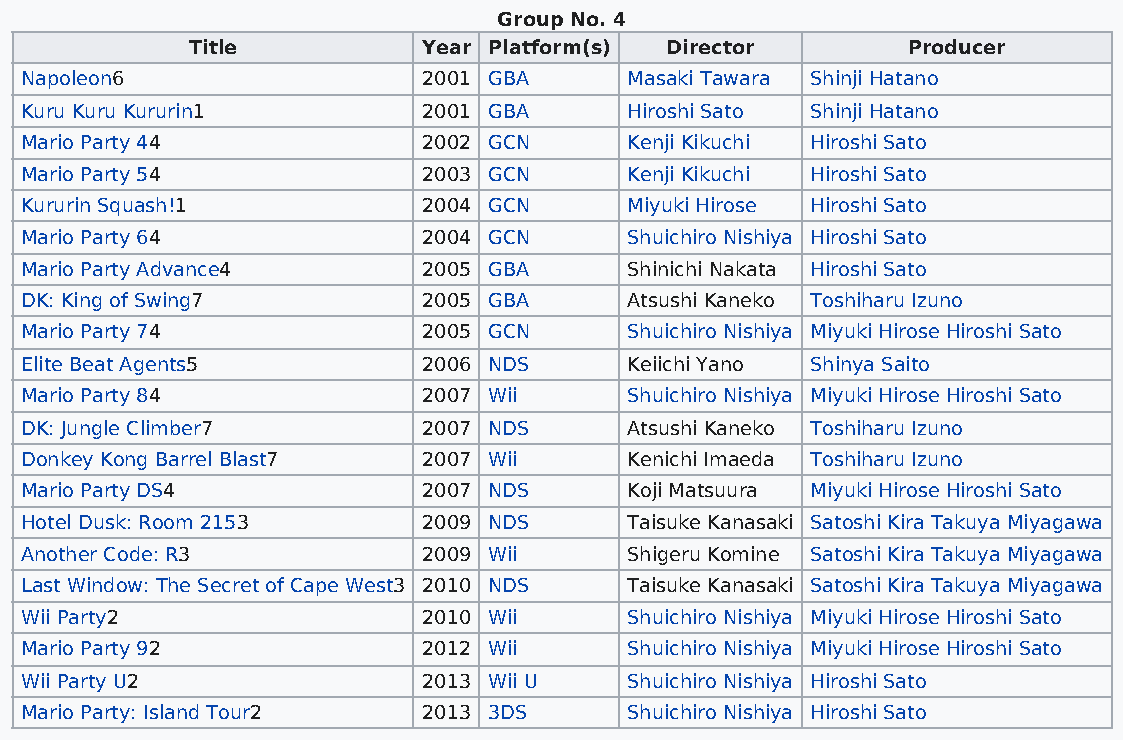
Group No. 4
 Title          Year Platform(s) Director       Producer
 Napoleon6                  2001 GBA      Masaki Tawara Shinji Hatano
 Kuru Kuru Kururin1         2001 GBA      Hiroshi Sato Shinji Hatano
 Mario Party 44             2002 GCN      Kenji Kikuchi Hiroshi Sato
 Mario Party 54             2003 GCN      Kenji Kikuchi Hiroshi Sato
 Kururin Squash!1           2004 GCN      Miyuki Hirose Hiroshi Sato
 Mario Party 64             2004 GCN      Shuichiro Nishiya Hiroshi Sato
 Mario Party Advance4       2005 GBA      Shinichi Nakata Hiroshi Sato
 DK: King of Swing7         2005 GBA      Atsushi Kaneko Toshiharu Izuno
 Mario Party 74             2005 GCN      Shuichiro Nishiya Miyuki Hirose Hiroshi Sato
 Elite Beat Agents5         2006 NDS      Keiichi Yano Shinya Saito
 Mario Party 84             2007 Wii      Shuichiro Nishiya Miyuki Hirose Hiroshi Sato
 DK: Jungle Climber7        2007 NDS      Atsushi Kaneko Toshiharu Izuno
 Donkey Kong Barrel Blast7  2007 Wii      Kenichi Imaeda Toshiharu Izuno
 Mario Party DS4            2007 NDS      Koji Matsuura Miyuki Hirose Hiroshi Sato
 Hotel Dusk: Room 2153      2009 NDS      Taisuke Kanasaki Satoshi Kira Takuya Miyagawa
 Another Code: R3           2009 Wii      Shigeru Komine Satoshi Kira Takuya Miyagawa
 Last Window: The Secret of Cape West3 2010 NDS Taisuke Kanasaki Satoshi Kira Takuya Miyagawa
 Wii Party2                 2010 Wii      Shuichiro Nishiya Miyuki Hirose Hiroshi Sato
 Mario Party 92             2012 Wii      Shuichiro Nishiya Miyuki Hirose Hiroshi Sato
 Wii Party U2               2013 Wii U    Shuichiro Nishiya Hiroshi Sato
 Mario Party: Island Tour2  2013 3DS      Shuichiro Nishiya Hiroshi Sato